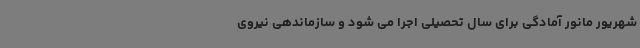
شهریور مانور آمادگی برای سال تحصیلی اجرا می شود و سازماندهی نیروی